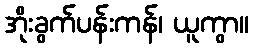
အိုးခွက်ပန်းကန်၊ ယူကွာ။